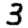
Digit: 3